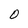
Character: 0